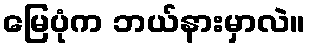
မြေပုံက ဘယ်နားမှာလဲ။